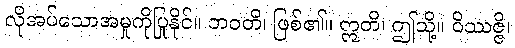
လိုအပ်သောအမှုကိုပြုနိုင်။ ဘဝတိ၊ ဖြစ်၏။ ဣတိ၊ ဤသို့။ ဝိဿဇ္ဇိ၊